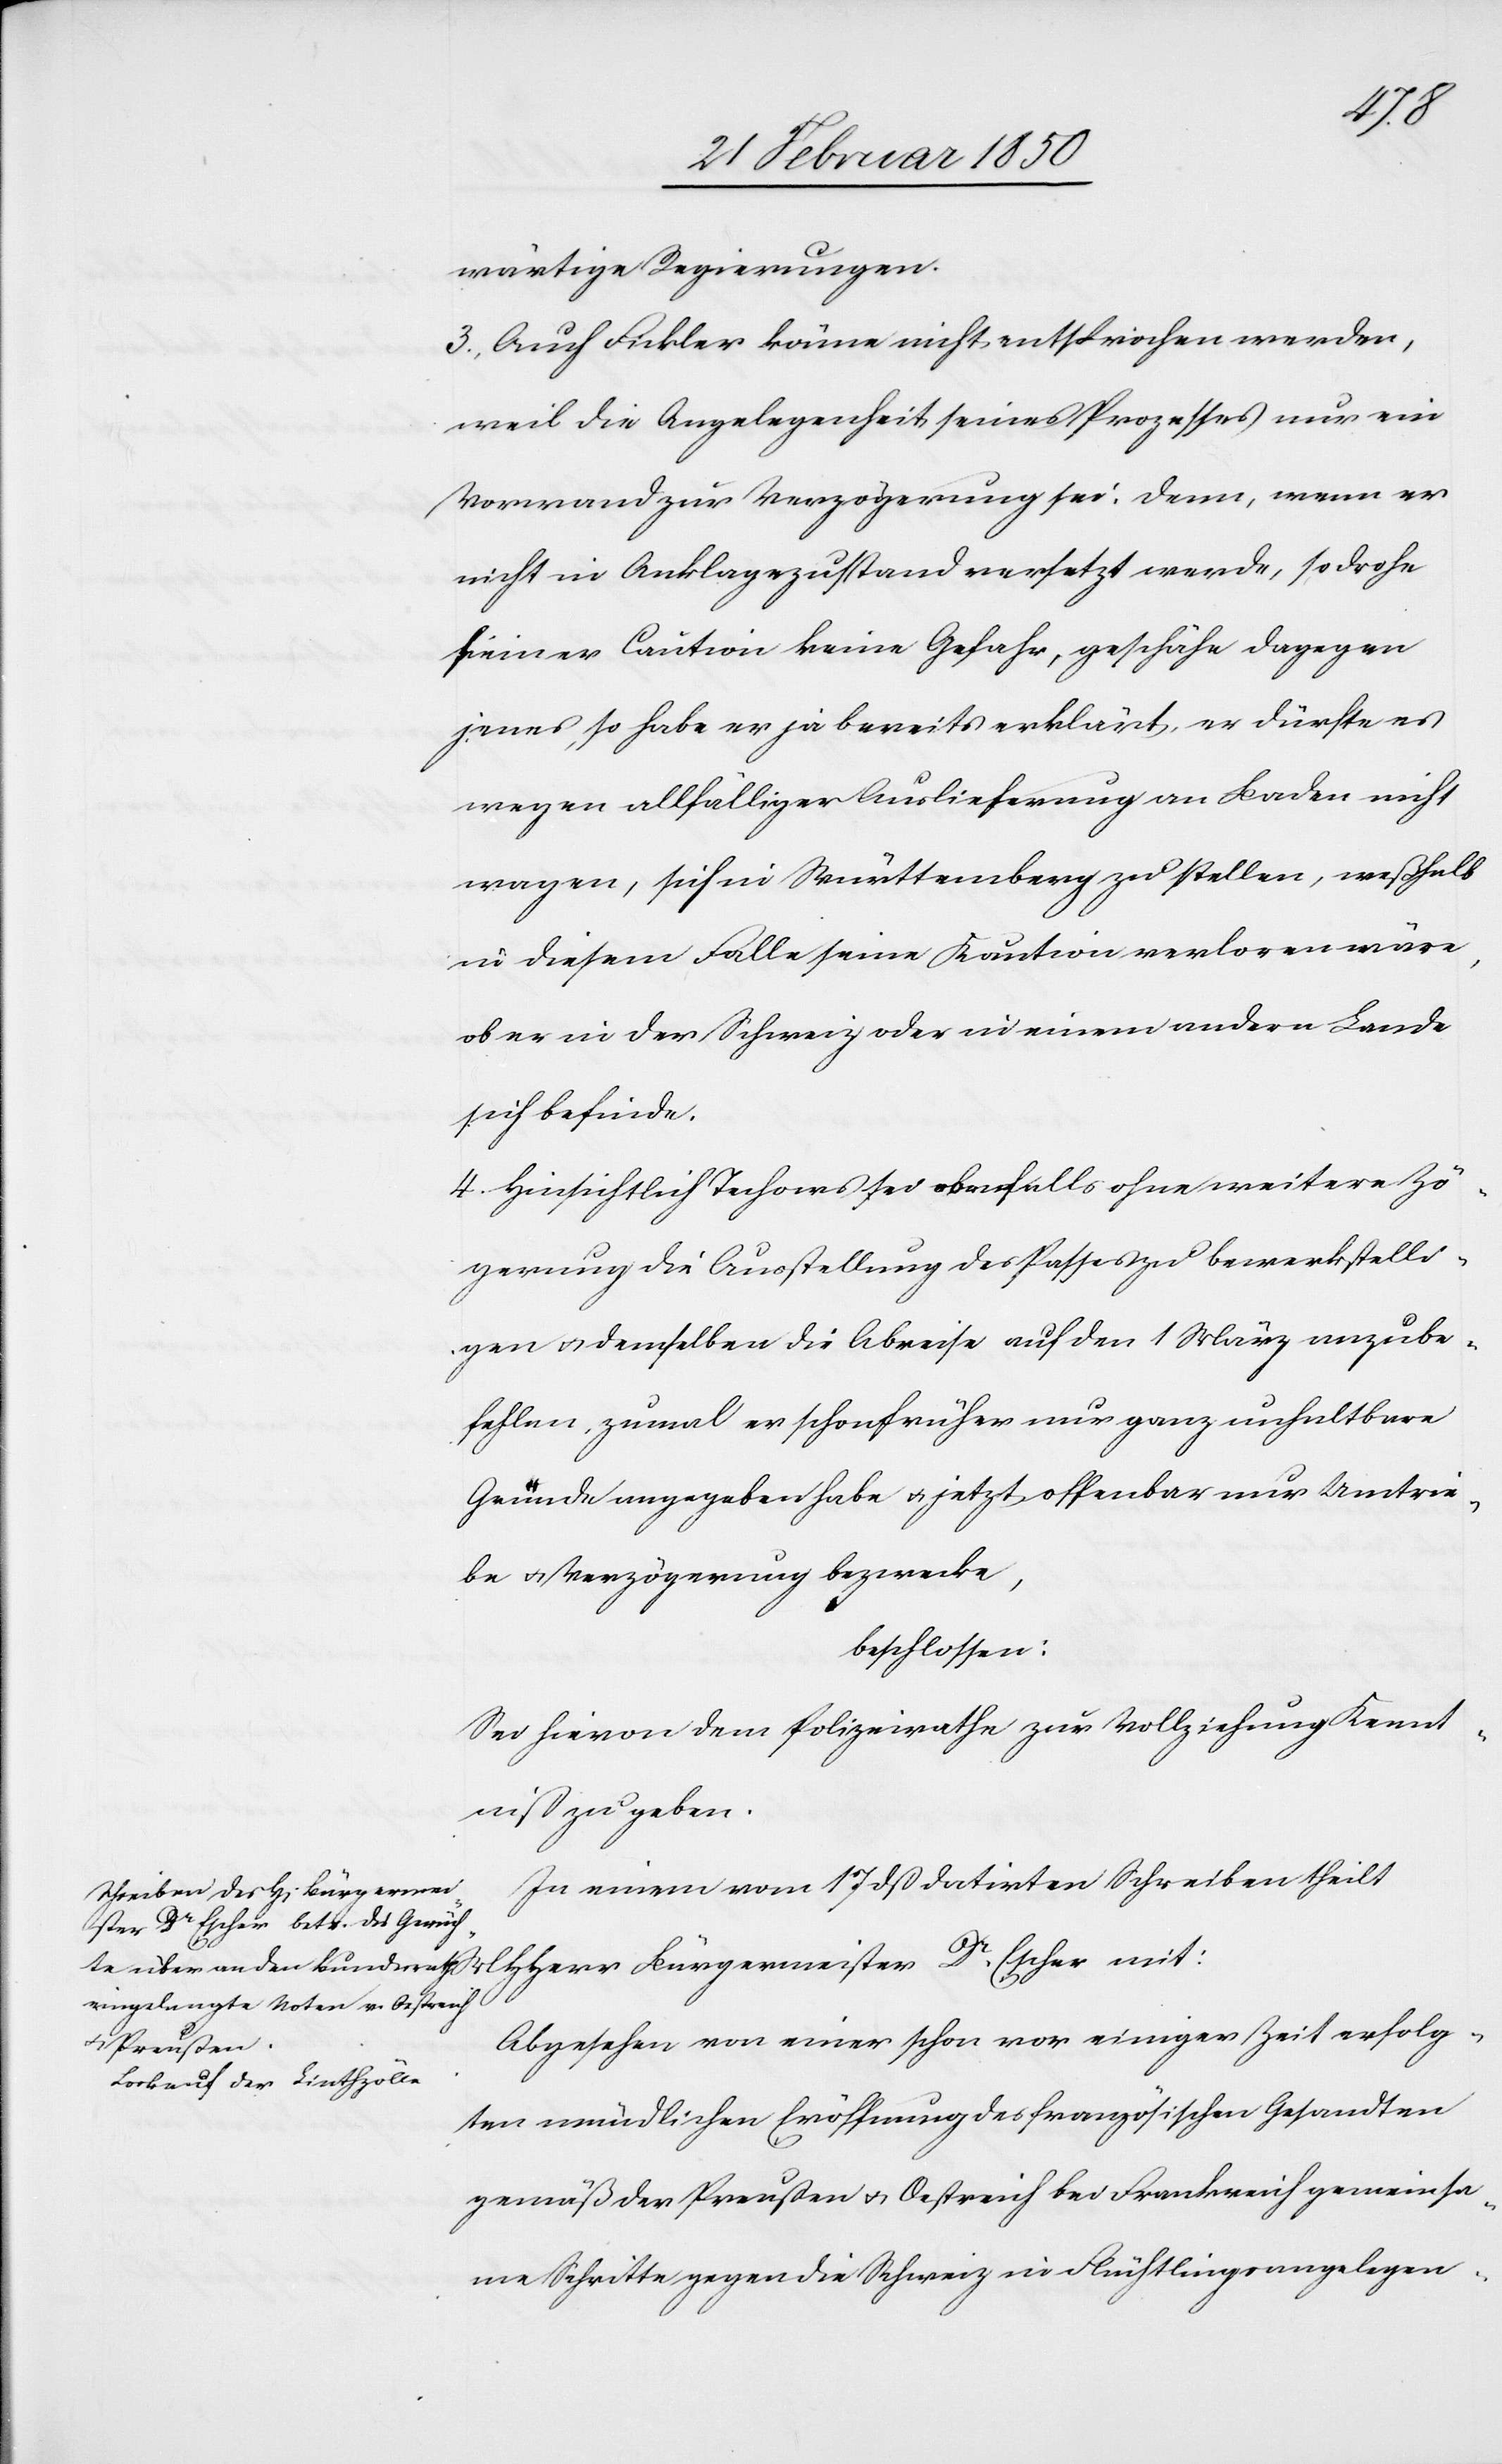
wärtige Regierungen.
3., Auch Fickler könne nicht entsprochen werden,
weil die Angelegenheit seines Prozesses nur ein
Vorwand zur Verzögerung sei. Denn, wenn er
nicht in Anklagezustand versetzt werde, so drohe
seiner Caution keine Gefahr, geschähe dagegen
jenes, so habe er ja bereits erklärt, er dürfte es
wegen allfälliger Auslieferung an Baden nicht
wagen, sich in Württemberg zu stellen, weßhalb
in diesem Falle seine Kaution verloren wäre,
ob er in der Schweiz oder in einem andern Lande
sich befinde.
4. Hinsichtlich Techows sei ebenfalls ohne weitere Zö¬
gerung die Ausstellung des Passes zu bewerkstelli¬
gen u. demselben die Abreise auf den 1 März anzube¬
fehlen, zumal er schon früher nur ganz unhaltbare
Gründe angegeben habe u. jetzt offenbar nur Umtrie¬
be u. Verzögerung bezwecke,
beschlossen:
Sei hievon dem Polizeirathe zur Vollziehung Kennt¬
niß zu geben.
In einem vom 17 dß datirten Schreiben theilt
Abgesehen von einer schon vor einiger Zeit erfolg¬
ten mündlichen Eröffnung des französischen Gesandten
gemäß der Preußen u. Oestreich bei Frankreich gemeinsa¬
me Schritte gegen die Schweiz in Flüchtlingsangelegen-